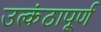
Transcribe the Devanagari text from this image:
उत्कंठापूर्ण